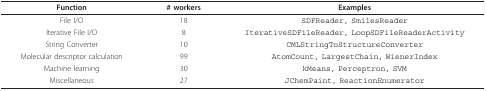
<table><thead><tr><td><b>Function</b></td><td><b># workers</b></td><td><b>Examples</b></td></tr></thead><tbody><tr><td>File I/O</td><td>18</td><td>SDFReader, SmilesReader</td></tr><tr><td>Iterative File I/O</td><td>8</td><td>IterativeSDFileReader, LoopSDFileReaderActivity</td></tr><tr><td>String Converter</td><td>10</td><td>CMLStringToStructureConverter</td></tr><tr><td>Molecular descriptor calculation</td><td>99</td><td>AtomCount, LargestChain, WienerIndex</td></tr><tr><td>Machine learning</td><td>30</td><td>kMeans, Perceptron, SVM</td></tr><tr><td>Miscellaneous</td><td>27</td><td>JChemPaint, ReactionEnumerator</td></tr></tbody></table>